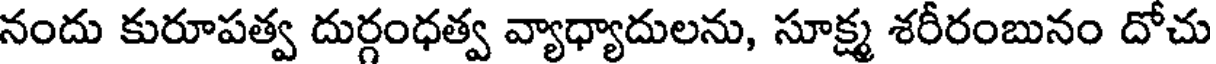
నందు కురూపత్వ దుర్గంధత్వ వ్యాధ్యాదులను, సూక్ష్మ శరీరంబునం దోచు